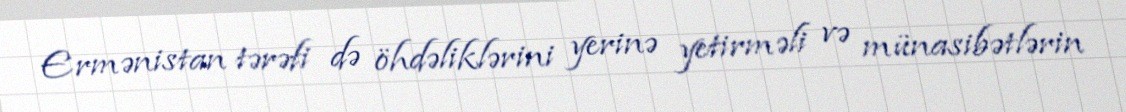
Ermənistan tərəfi də öhdəliklərini yerinə yetirməli və münasibətlərin